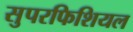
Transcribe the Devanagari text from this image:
सुपरफिशियल